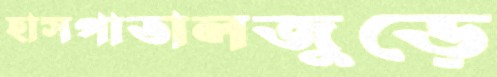
হাসপাতালজুড়ে